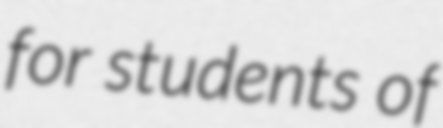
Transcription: for students of